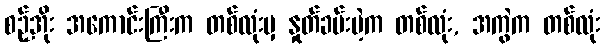
စဉ့်အိုး အကောင်းကြီးက တစ်လုံးမှ နှုတ်ခမ်းပဲ့က တစ်လုံး, အကွဲက တစ်လုံး